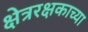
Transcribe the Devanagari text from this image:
क्षेत्ररक्षकाच्या